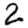
Digit: 2